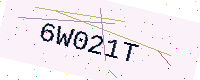
Text: 6W021T